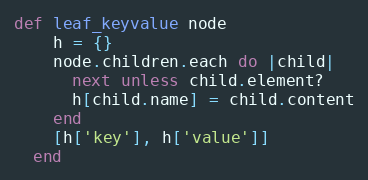
Language: Ruby
def leaf_keyvalue node
    h = {}
    node.children.each do |child|
      next unless child.element?
      h[child.name] = child.content
    end
    [h['key'], h['value']]
  end